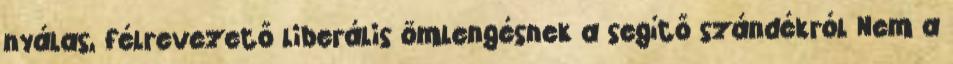
nyálas, félrevezető liberális ömlengésnek a segítő szándékról Nem a